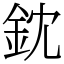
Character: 鈂